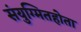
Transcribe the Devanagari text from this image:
संयुग्मितहोता